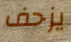
يزحف